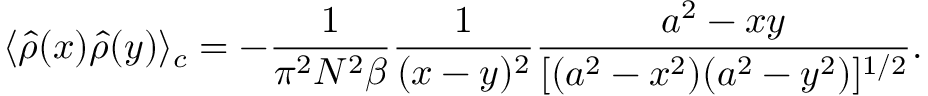
\langle \hat { \rho } ( x ) \hat { \rho } ( y ) \rangle _ { c } = - { \frac { 1 } { \pi ^ { 2 } N ^ { 2 } \beta } } { \frac { 1 } { ( x - y ) ^ { 2 } } } { \frac { a ^ { 2 } - x y } { [ ( a ^ { 2 } - x ^ { 2 } ) ( a ^ { 2 } - y ^ { 2 } ) ] ^ { 1 / 2 } } } .